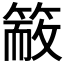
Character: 𥱙